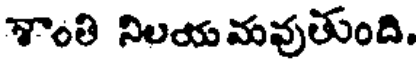
శాంతి నిలయ మవుతుంది.